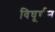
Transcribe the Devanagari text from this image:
विघूर्णन